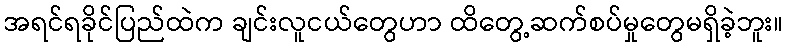
အရင်ရခိုင်ပြည်ထဲက ချင်းလူငယ်တွေဟာ ထိတွေ့ဆက်စပ်မှုတွေမရှိခဲ့ဘူး။